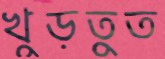
খুড়তুত